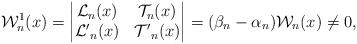
LaTeX: \begin{align*}\mathcal{W}^1_n(x)=\begin{vmatrix}\mathcal{L}_n(x) & \mathcal{T}_{n}(x)\\\mathcal{L'}_n(x) & \mathcal{T'}_{n}(x)\end{vmatrix}=(\beta_n-\alpha_{n})\mathcal{W}_n(x) \neq 0,\end{align*}